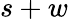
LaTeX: s+w